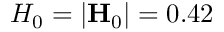
H _ { 0 } = | \mathbf { H } _ { 0 } | = 0 . 4 2